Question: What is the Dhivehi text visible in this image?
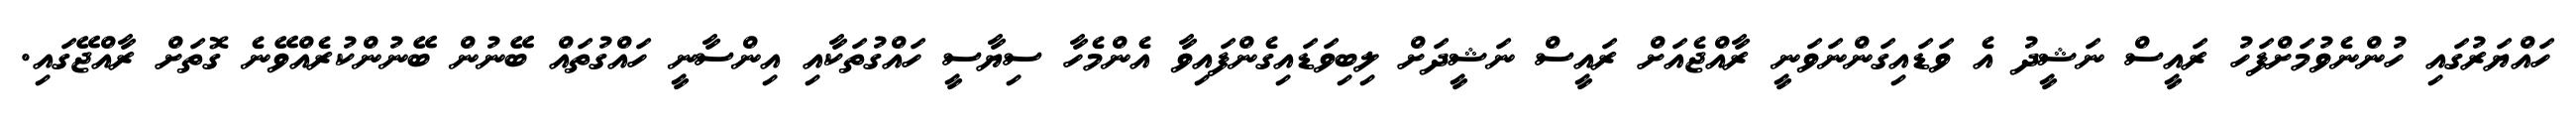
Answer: ހައްޔަރުގައި ހުންނެވުމަށްފަހު ރައީސް ނަޝީދު އެ ވަޑައިގަންނަވަނީ ރާއްޖެއަށް ރައީސް ނަޝީދަށް ލިބިވަޑައިގެންފައިވާ އެންމެހާ ސިޔާސީ ހައްގުތަކާއި އިންސާނީ ހައްގުތައް ބޭނުން ބޭނުންކުރެއްވޭނެ ގޮތަށް ރާއްޖޭގައި.